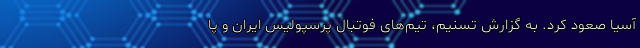
آسیا صعود کرد. به گزارش تسنیم، تیم‌های فوتبال پرسپولیس ایران و پا